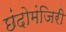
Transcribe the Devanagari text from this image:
छंदोमंजिरी